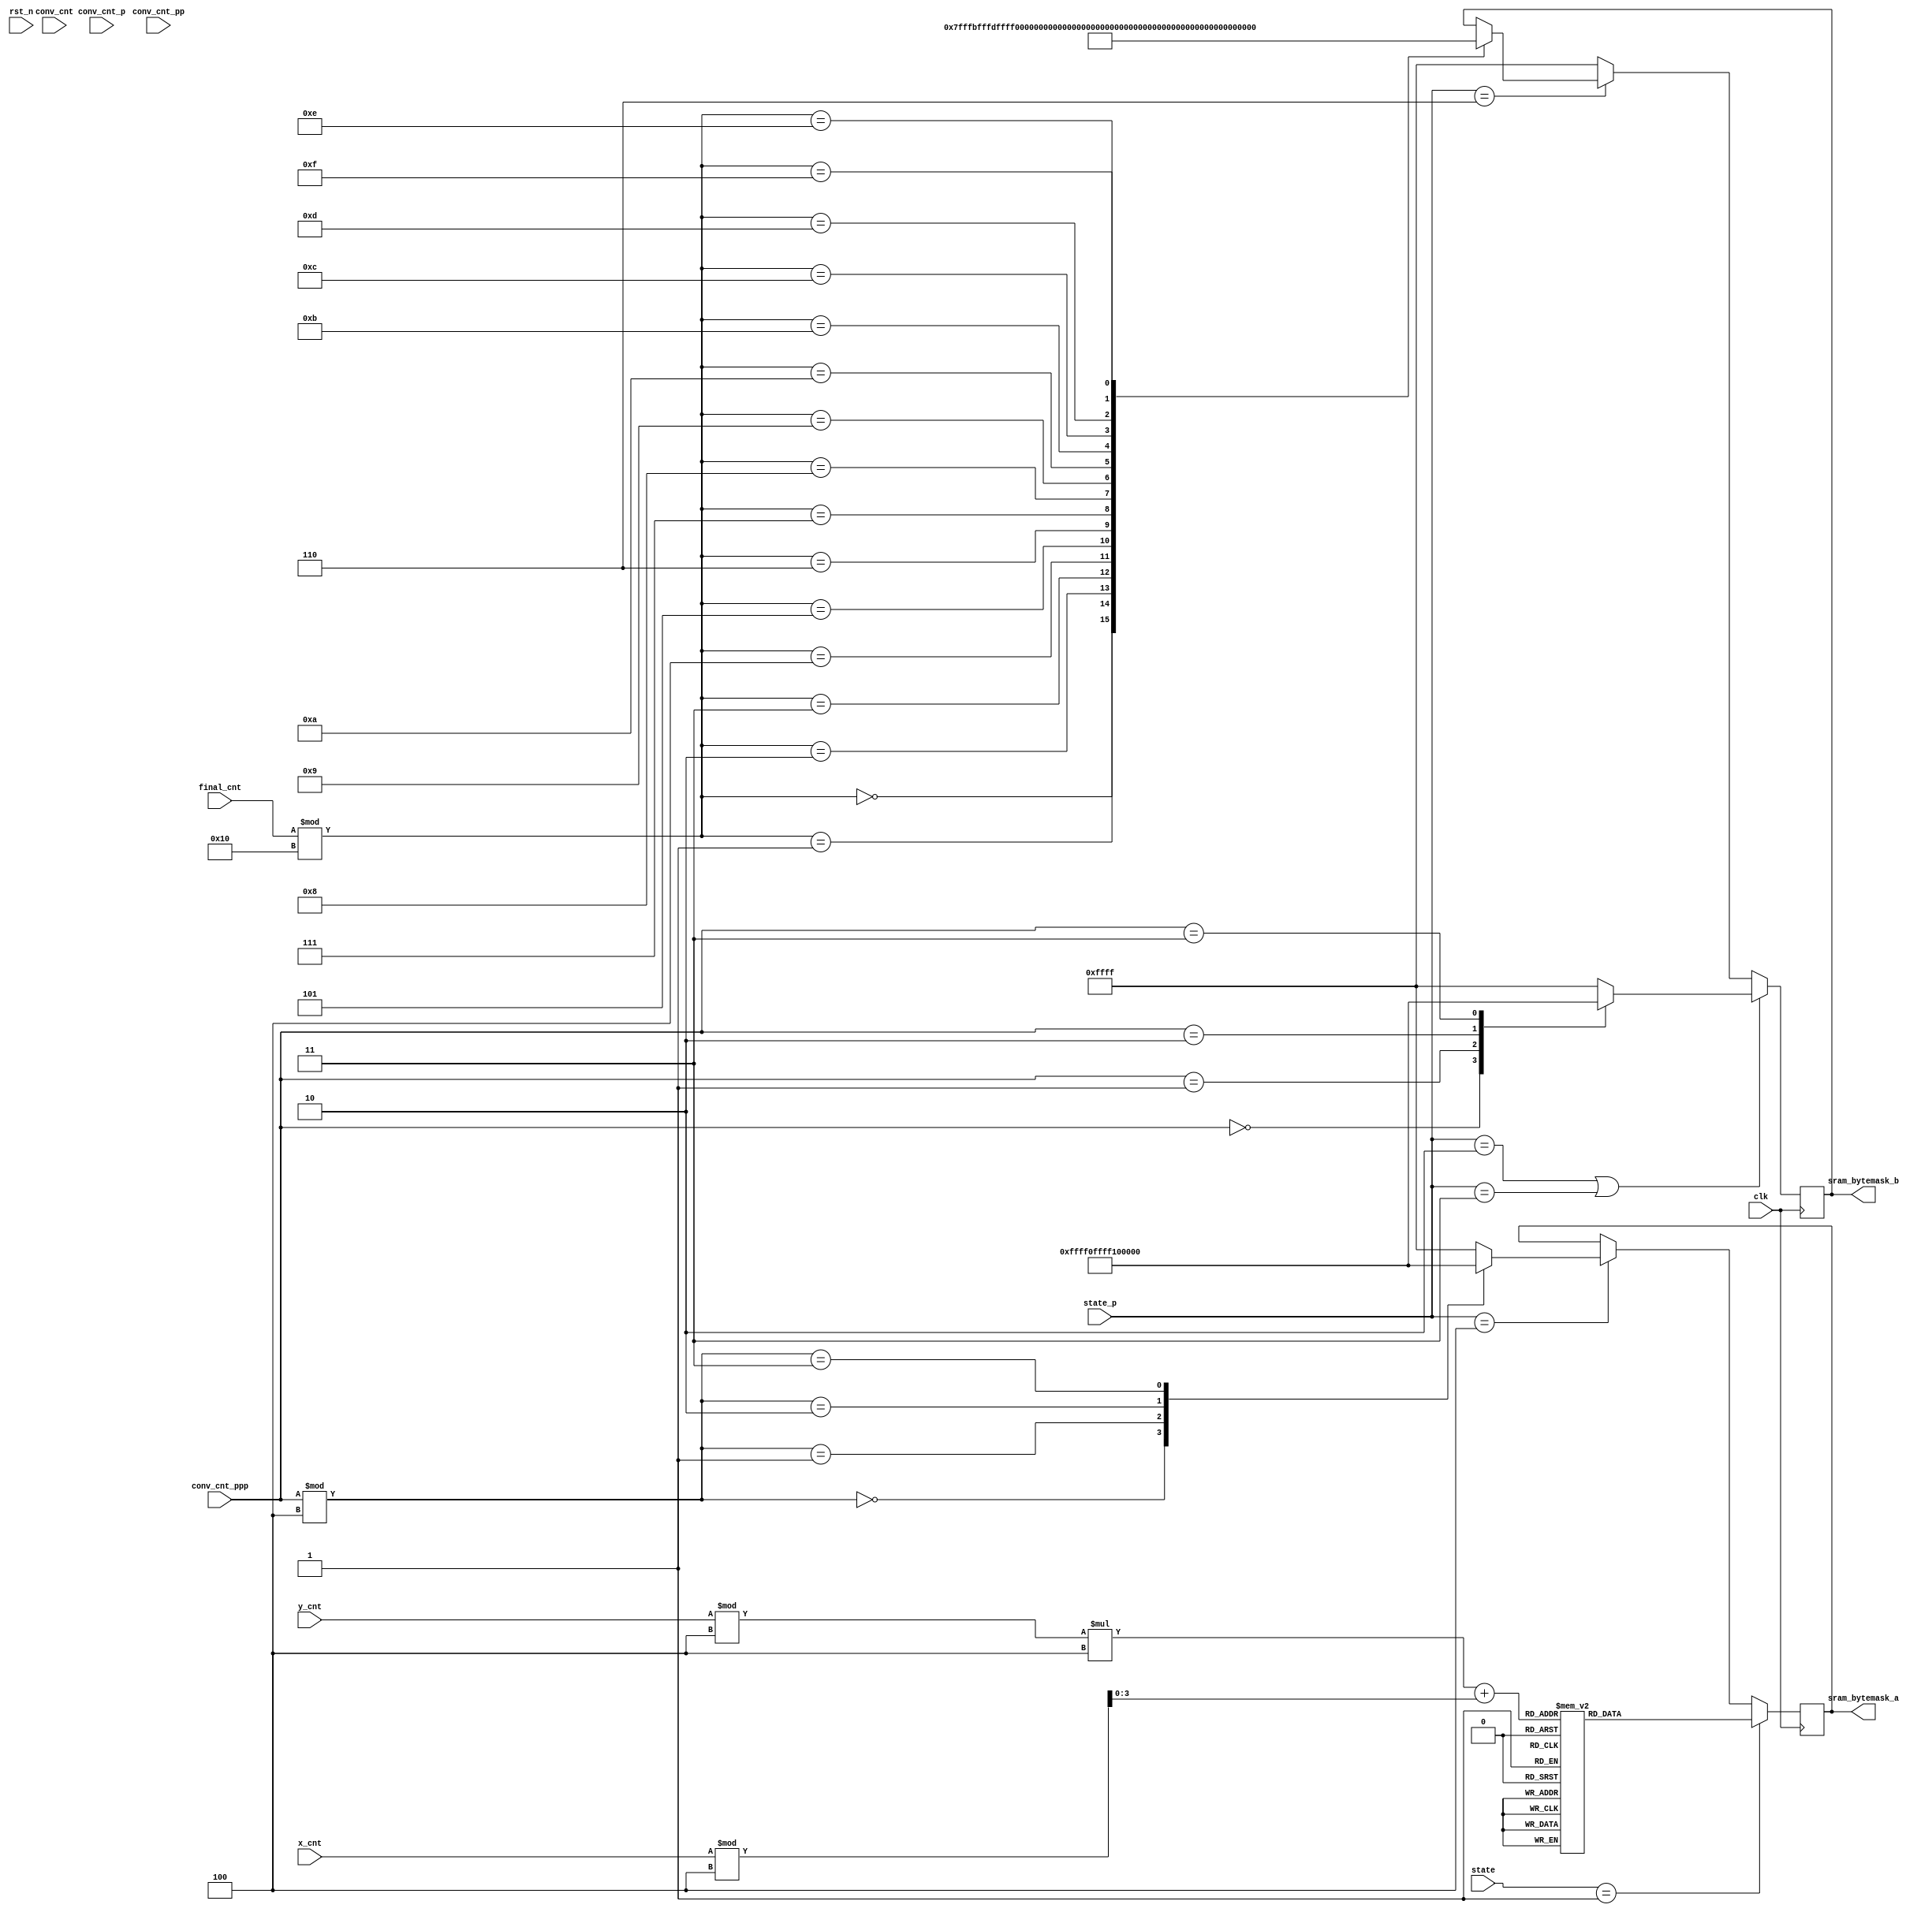
module bytemask
(

	input clk,
	input rst_n,
	input [4:0] x_cnt,
	input [4:0] y_cnt,
	input [5:0] state,
	input [5:0] state_p,
	input [9:0] conv_cnt,
	input [9:0] conv_cnt_p,
	input [9:0] conv_cnt_pp,
	input [9:0] conv_cnt_ppp,
	input [10:0] final_cnt,
	output reg [15:0] sram_bytemask_a,
	output reg [15:0] sram_bytemask_b

);

parameter LAYER1_WIDTH = 14, LAYER1_HEIGHT = 14;
parameter IDLE = 0, UNSHUFFLE = 1, CONV1 = 2, C1_2_C2=3,CONV2 = 4, C2_2_C3 = 5,
	CONV3=6, C3_2_P=7, POOL=8, FINISH = 9;
parameter READ_WEIGHT = 0, DOCNN = 1;


reg [3:0] position_offset;


always @* begin
	position_offset = y_cnt % 4 * 4 + x_cnt % 4;
end

always @(posedge clk) begin
	if (state == UNSHUFFLE)
		case (position_offset)
		0: 	sram_bytemask_a <=  16'b0111_1111_1111_1111;
		1: 	sram_bytemask_a <=  16'b1111_0111_1111_1111;
		2: 	sram_bytemask_a <=  16'b1011_1111_1111_1111;
		3: 	sram_bytemask_a <=  16'b1111_1011_1111_1111;
		4: 	sram_bytemask_a <=  16'b1111_1111_0111_1111;
		5: 	sram_bytemask_a <=  16'b1111_1111_1111_0111;
		6: 	sram_bytemask_a <=  16'b1111_1111_1011_1111;
		7: 	sram_bytemask_a <=  16'b1111_1111_1111_1011;
		8: 	sram_bytemask_a <=  16'b1101_1111_1111_1111;
		9: 	sram_bytemask_a <=  16'b1111_1101_1111_1111;
		10: sram_bytemask_a <= 16'b1110_1111_1111_1111;
		11: sram_bytemask_a <= 16'b1111_1110_1111_1111;
		12: sram_bytemask_a <= 16'b1111_1111_1101_1111;
		13: sram_bytemask_a <= 16'b1111_1111_1111_1101;
		14: sram_bytemask_a <= 16'b1111_1111_1110_1111;
		15: sram_bytemask_a <= 16'b1111_1111_1111_1110;
		endcase
	else if (state_p == CONV2) begin
		case (conv_cnt_ppp % 4)
			0: sram_bytemask_a <= 16'b0000_1111_1111_1111;
			1: sram_bytemask_a <= 16'b1111_0000_1111_1111;
			2: sram_bytemask_a <= 16'b1111_1111_0000_1111;
			3: sram_bytemask_a <= 16'b1111_1111_1111_0000;
			default: sram_bytemask_a <= 16'b1111_1111_1111_1111;
		endcase
	end
end

always @(posedge clk) begin
	if (state_p == CONV1 || state_p == C1_2_C2) begin
		case (conv_cnt_ppp)
			0: sram_bytemask_b <= 16'b0000_1111_1111_1111;
			1: sram_bytemask_b <= 16'b1111_0000_1111_1111;
			2: sram_bytemask_b <= 16'b1111_1111_0000_1111;
			3: sram_bytemask_b <= 16'b1111_1111_1111_0000;
			default: sram_bytemask_b <= 16'b1111_1111_1111_1111;
		endcase
	end
	else if (state_p == CONV3) begin
		case(final_cnt % 16)
			0: sram_bytemask_b <=  16'b0111_1111_1111_1111;
			1: sram_bytemask_b <=  16'b1011_1111_1111_1111;
			2: sram_bytemask_b <=  16'b1101_1111_1111_1111;
			3: sram_bytemask_b <=  16'b1110_1111_1111_1111;
			4: sram_bytemask_b <=  16'b1111_0111_1111_1111;
			5: sram_bytemask_b <=  16'b1111_1011_1111_1111;
			6: sram_bytemask_b <=  16'b1111_1101_1111_1111;
			7: sram_bytemask_b <=  16'b1111_1110_1111_1111;
			8: sram_bytemask_b <=  16'b1111_1111_0111_1111;
			9: sram_bytemask_b <=  16'b1111_1111_1011_1111;
			10: sram_bytemask_b <= 16'b1111_1111_1101_1111;
			11: sram_bytemask_b <= 16'b1111_1111_1110_1111;
			12: sram_bytemask_b <= 16'b1111_1111_1111_0111;
			13: sram_bytemask_b <= 16'b1111_1111_1111_1011;
			14: sram_bytemask_b <= 16'b1111_1111_1111_1101;
			15: sram_bytemask_b <= 16'b1111_1111_1111_1110;
		endcase
	end
	else begin
		sram_bytemask_b <= 16'b1111_1111_1111_1111;
	end
end

endmodule